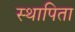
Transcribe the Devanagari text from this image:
स्थापिता